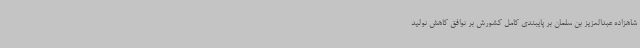
شاهزاده عبدالعزیز بن سلمان بر پایبندی کامل کشورش بر توافق کاهش تولید